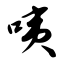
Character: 咦